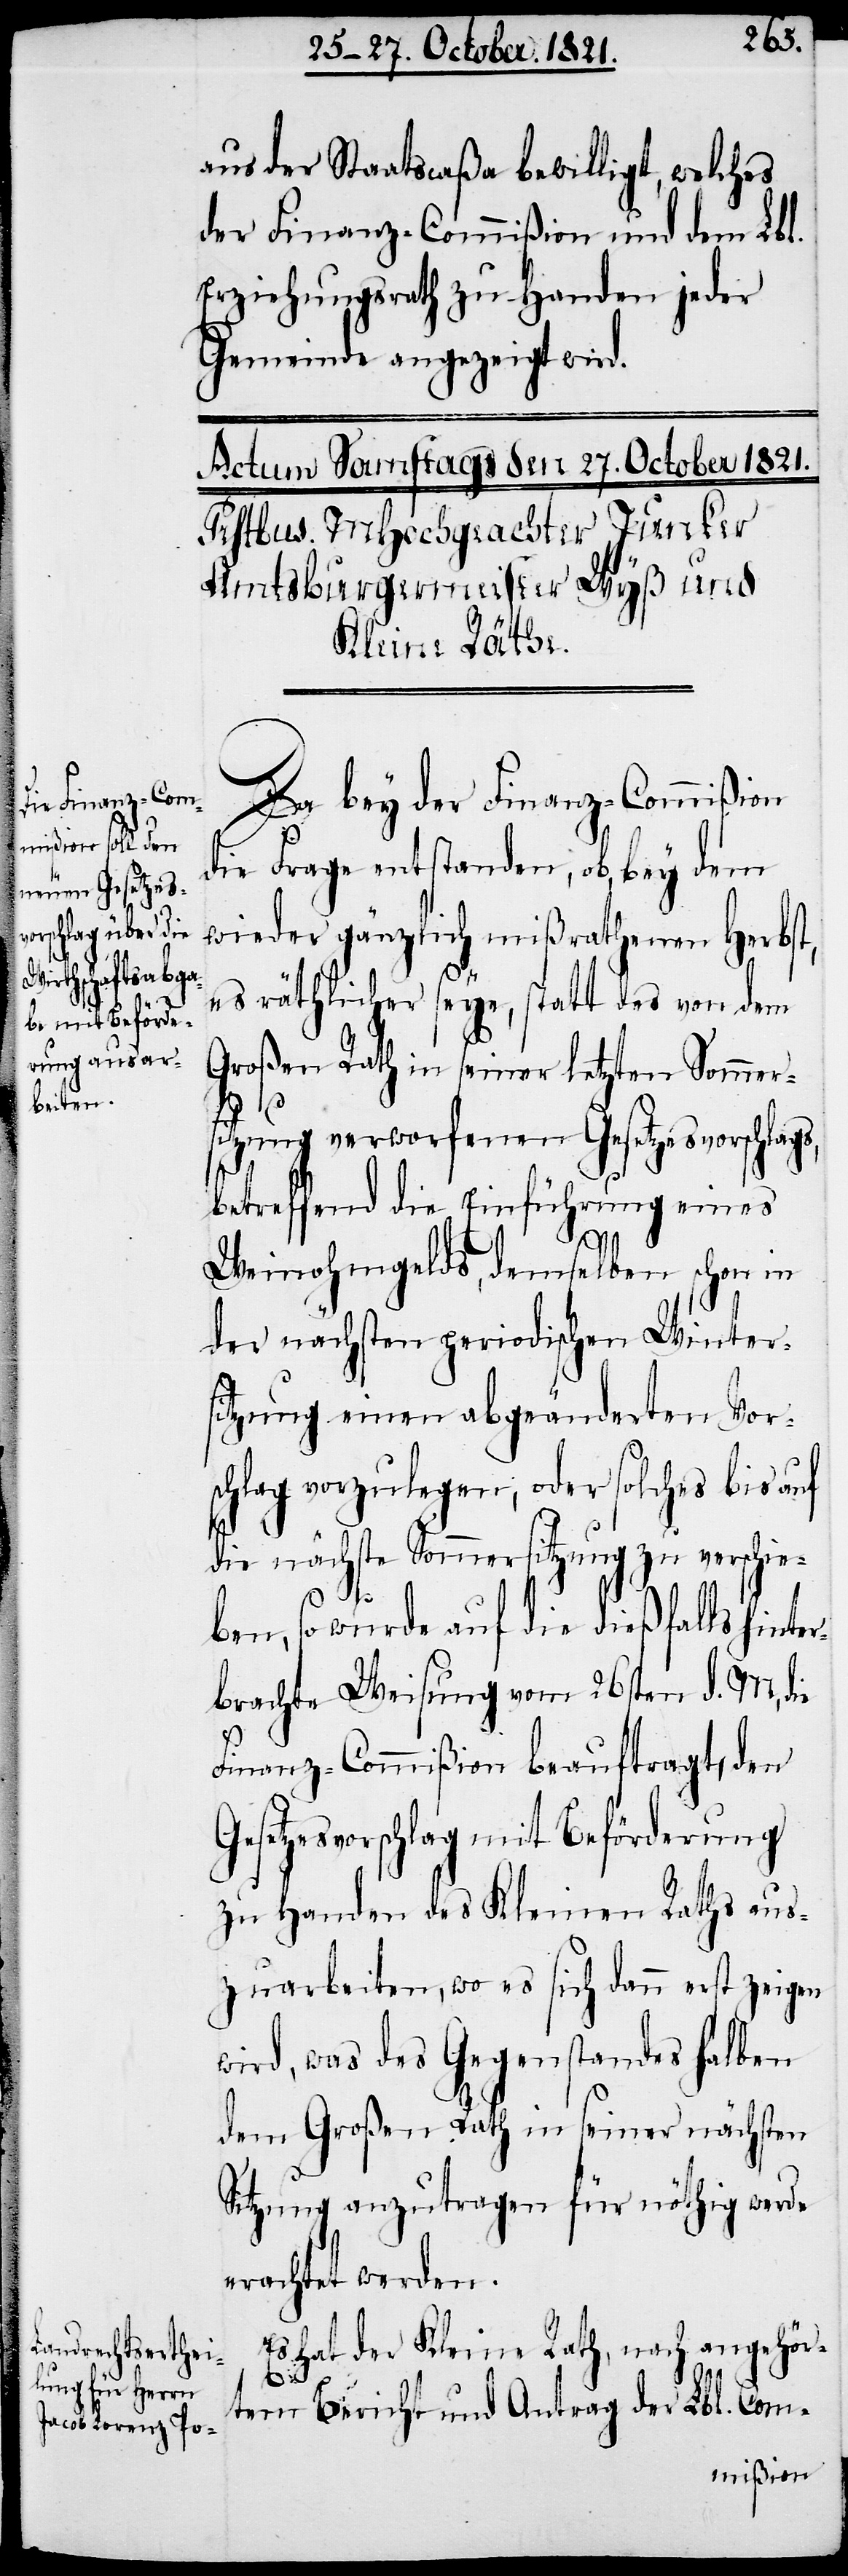
Es hat der Kleine Rath, nach angehör¬
tem Bericht und Antrag der Lbl. Com-